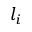
l _ { i }